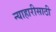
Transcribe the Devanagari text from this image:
न्याहारीसाठी